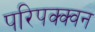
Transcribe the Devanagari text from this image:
परिपक्क्वन